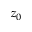
z _ { 0 }